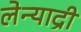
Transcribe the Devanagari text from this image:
लेन्याद्री